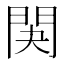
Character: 䦑